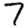
Digit: 7